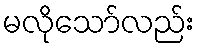
မလိုသော်လည်း